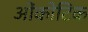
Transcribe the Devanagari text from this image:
ओंकोटिक